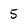
Character: 5